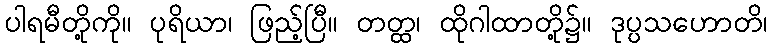
ပါရမီတို့ကို။ ပုရိယာ၊ ဖြည့်ပြီ။ တတ္ထ၊ ထိုဂါထာတို့၌။ ဒုပ္ပသဟောတိ၊